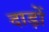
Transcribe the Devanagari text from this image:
दाड़ों